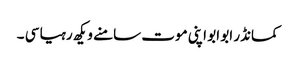
کمانڈر ابو ابو اپنی موت سامنے ویکھ رہیا سی ۔